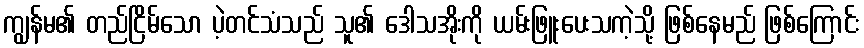
ကျွန်မ၏ တည်ငြိမ်သော ပဲ့တင်သံသည် သူ၏ ဒေါသအိုးကို ယမ်းဖြူးပေးသကဲ့သို့ ဖြစ်နေမည် ဖြစ်ကြောင်း